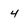
Character: 4